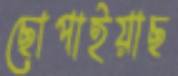
ছোপাইয়াছ